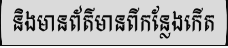
និងមានព័ត៌មានពីកន្លែងកើត